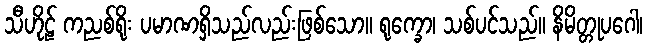
သီဟိုဠ် ကညစ်ရိုး ပမာဏရှိသည်လည်းဖြစ်သော။ ရုက္ခော၊ သစ်ပင်သည်။ နိမိတ္တုပဂေါ၊